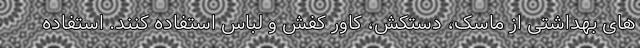
های بهداشتی از ماسک، دستکش، کاور کفش و لباس استفاده کنند. استفاده